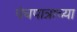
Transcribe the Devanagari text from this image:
पंचपात्राच्या